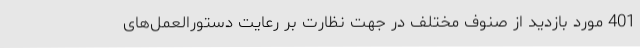
401 مورد بازدید از صنوف مختلف در جهت نظارت بر رعایت دستورالعمل‌های